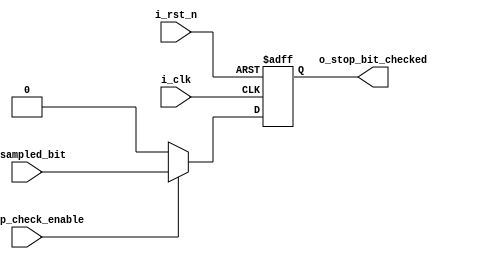
module Stop_Check (
    output  reg     o_stop_bit_checked,
    input   wire    i_sampled_bit,
    input   wire    i_stop_check_enable,
    input   wire    i_clk,
    input   wire    i_rst_n
);
    
    always @(posedge i_clk or negedge i_rst_n)
        begin

            if (!i_rst_n)
                o_stop_bit_checked<=1'b0;

            else
                begin
                    if (i_stop_check_enable)
                        o_stop_bit_checked<= i_sampled_bit & 1'b1;
                    else
                        o_stop_bit_checked<=1'b0;
                end
        end
endmodule